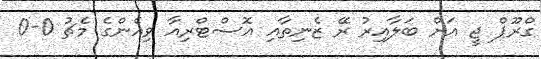
ގްރޫޕް ޖީ އަށް ބަލާއިރު ރޭ ޒެނިތާއި އޮސްޓްރިއާ ވިއެންގެ މެޗު 0-0